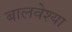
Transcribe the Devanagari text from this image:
बालवेश्या